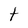
Character: t